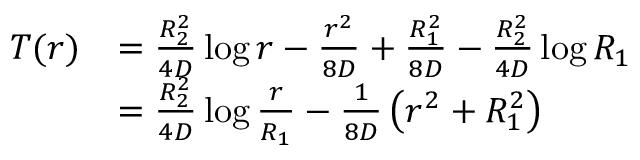
\begin{array} { r l } { T ( r ) } & { = \frac { R _ { 2 } ^ { 2 } } { 4 D } \log r - \frac { r ^ { 2 } } { 8 D } + \frac { R _ { 1 } ^ { 2 } } { 8 D } - \frac { R _ { 2 } ^ { 2 } } { 4 D } \log R _ { 1 } } \\ & { = \frac { R _ { 2 } ^ { 2 } } { 4 D } \log \frac { r } { R _ { 1 } } - \frac { 1 } { 8 D } \left( r ^ { 2 } + R _ { 1 } ^ { 2 } \right) } \end{array}